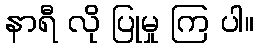
နာရီ လို ပြုမှု ကြ ပါ။